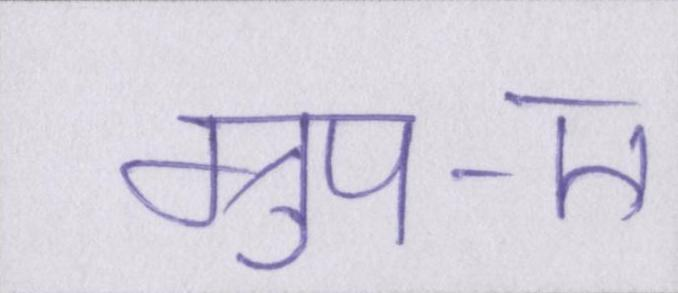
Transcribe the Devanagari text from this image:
ग्रुप-ए